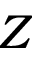
Z